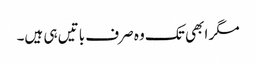
مگر ابھی تک وہ صرف باتیں ہی ہیں۔